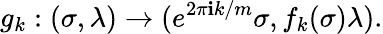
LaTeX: g_{k}:(\sigma,\lambda)\rightarrow(e^{2\pi\mathbf{i}k/m}\sigma,f_{k}(\sigma)\lambda).